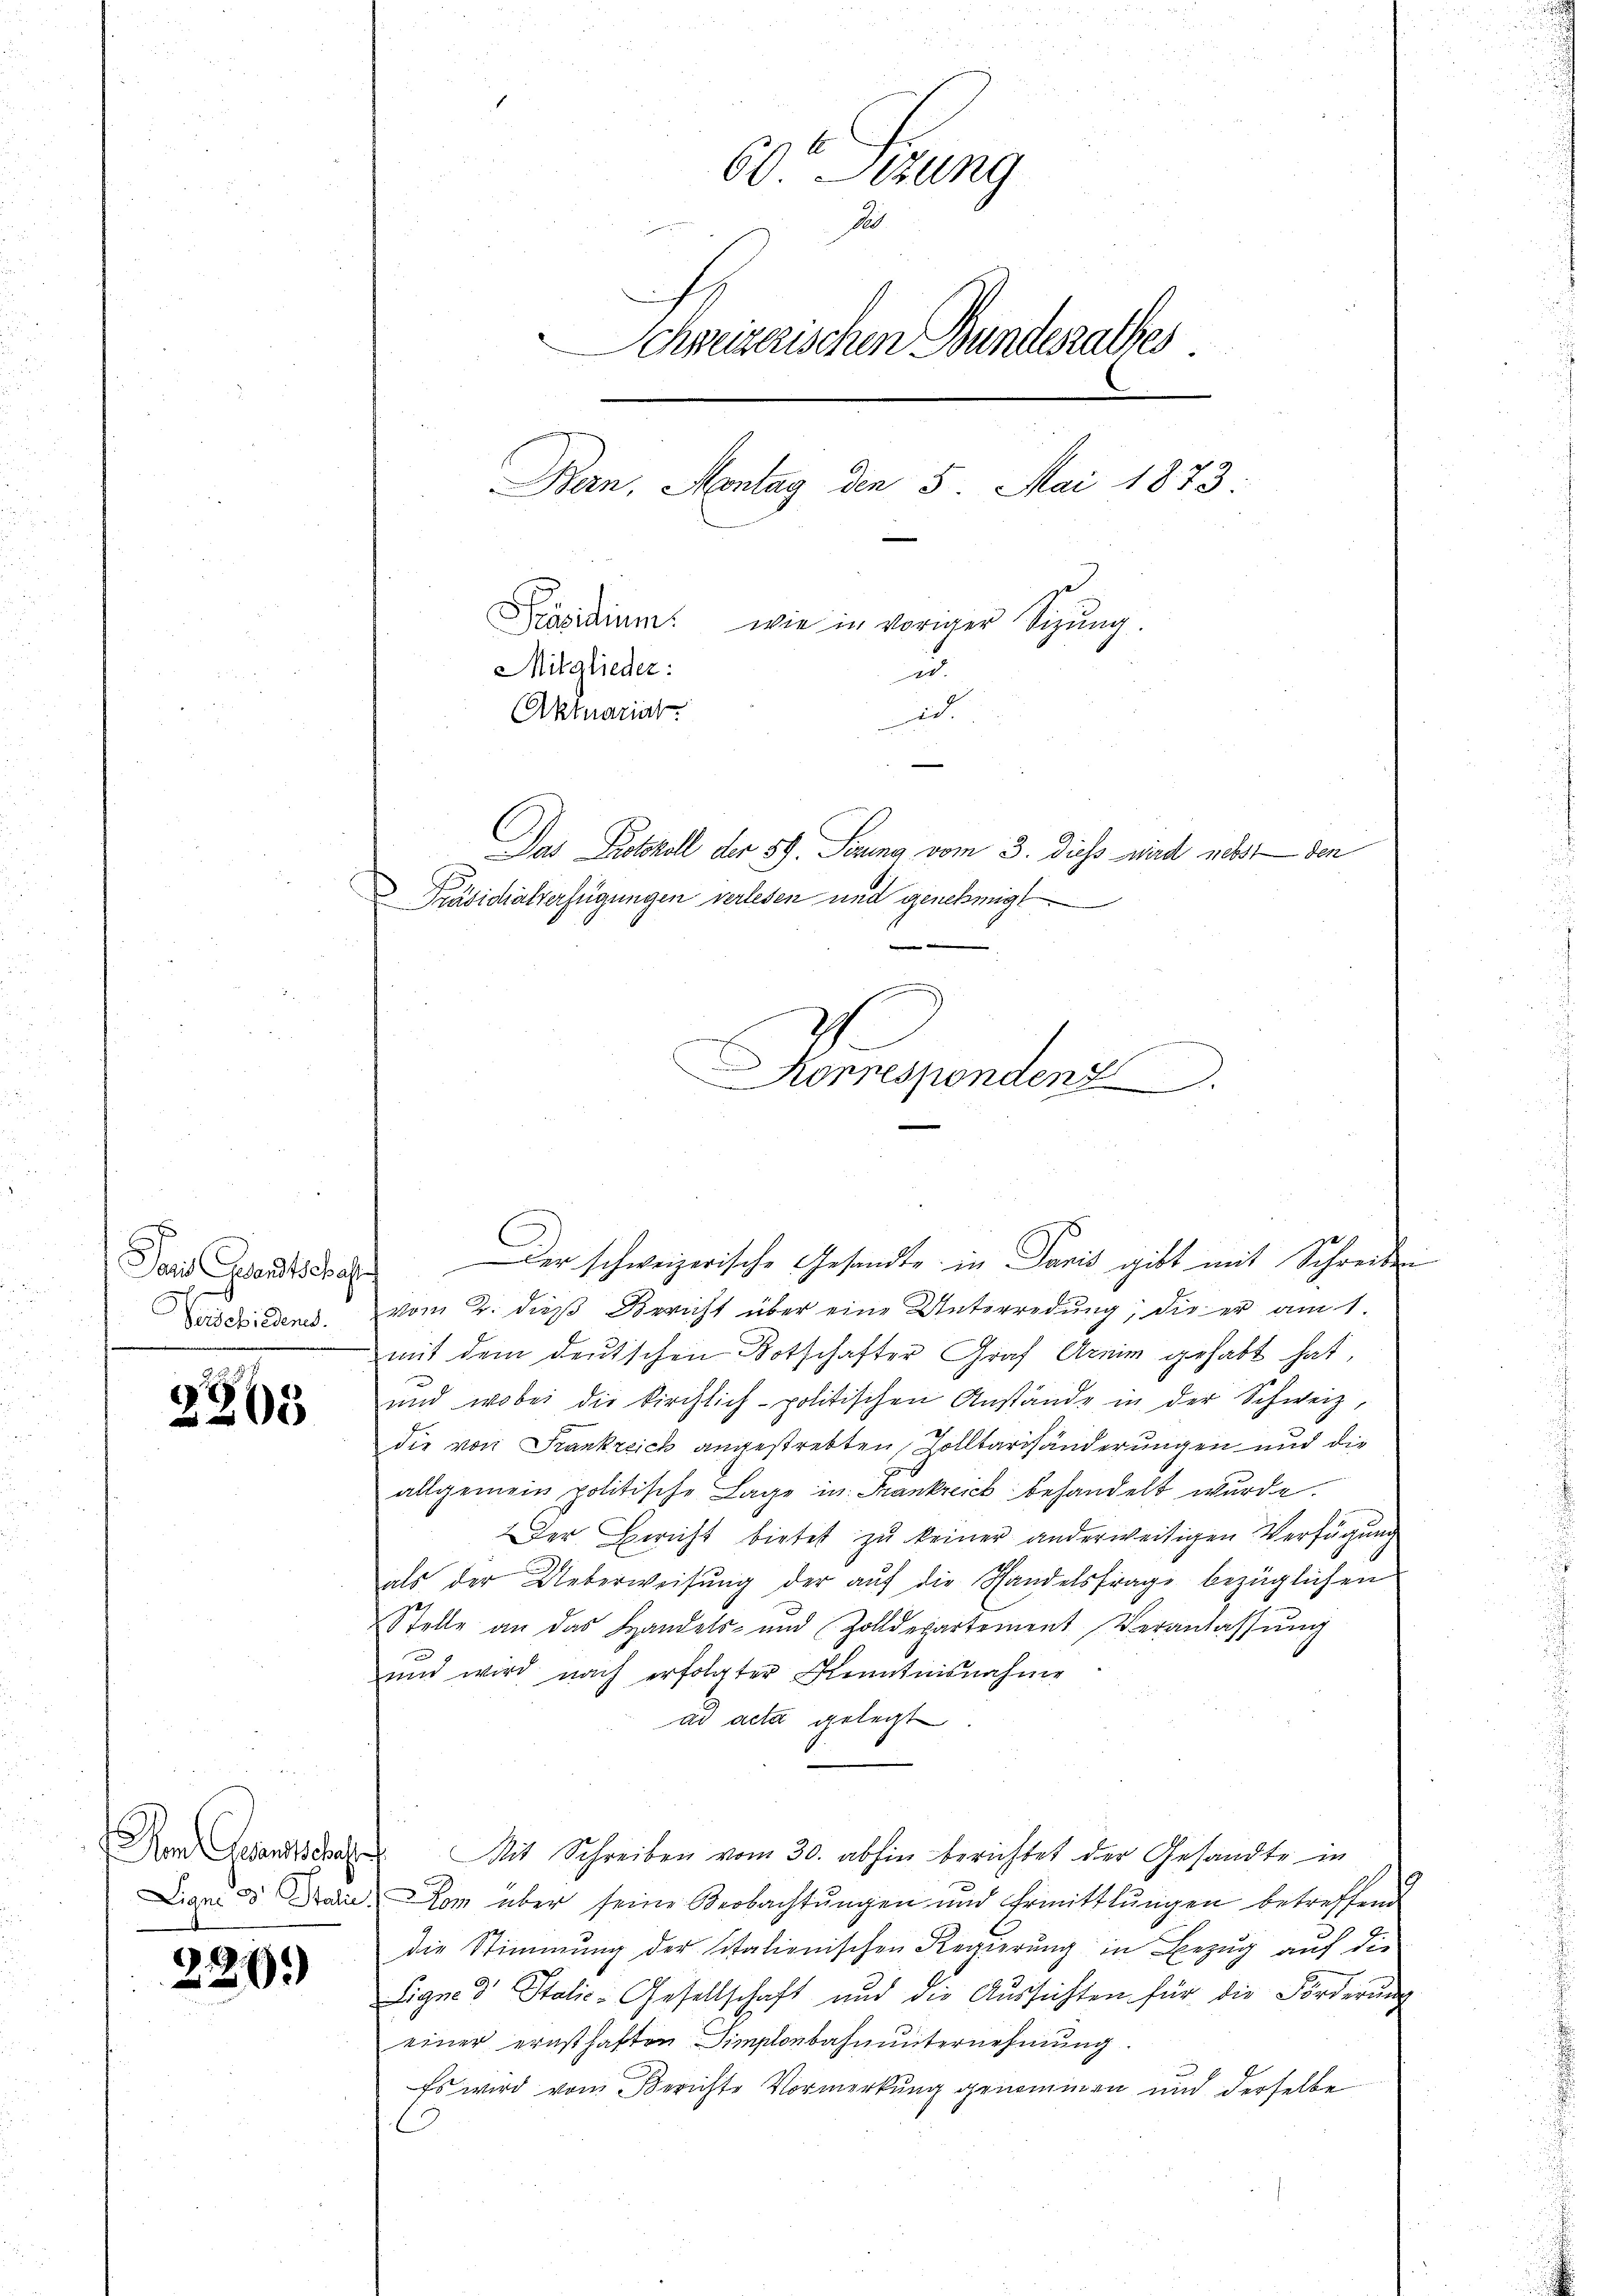
Paris Gesandtschaft
Verschiedenes.

2263

220.

60 Sekung
d
Schweizerischen Bundesrathes
Bern, Montag den 5. Mai 1873:
Präsidium wie in voriger Sizung.
Mitglieder:
u.
Aktuariat.
i

Das Protokoll der 59. Sedung vom 3. diess wird nebst den
Präsidialverfügungen verlesen und genehmigt
e
f.
Korrespondenz

vom 2. dieß Bericht über eine Unterredung, die er am 1.
mit dem deutschen Botschafter Graf Armin gehabt hat,
und wobei die kirchlich-politischen Anstände in der Schweiz,
die von Frankreich angestrebten Zolltarifänderungen und die
allgemein politische Lage in Frankreich behandelt wurde.
Der Bericht bietet zu keiner anderweitigen Verfügung
als der Ueberweisung der auf die Handelsfrage bezüglichen
Stelle an das Handels- und Zolldepartement Veranlassŭng
und wird nach erfolgter Kenntnisnahme
ad acta gelegt
Non Besondere Mit Schreiben vom 30. abhin berichtet der Gesandte in
Diani d. Dann Rom über seine Beobachtungen und Ermittlungen betreffend
die Stimmung der sitationischen Regierung in Bezug auf die
Eigne 3 Stalic-Gesellschaft und die Aussichten für die Förderung
einer ernsthaften Simplenbahnunternehmung.
Es wird vom Berichte Vormerkung genommen und derselbe

Der schweizerische Gesandte in Paris gibt mit Schreiben